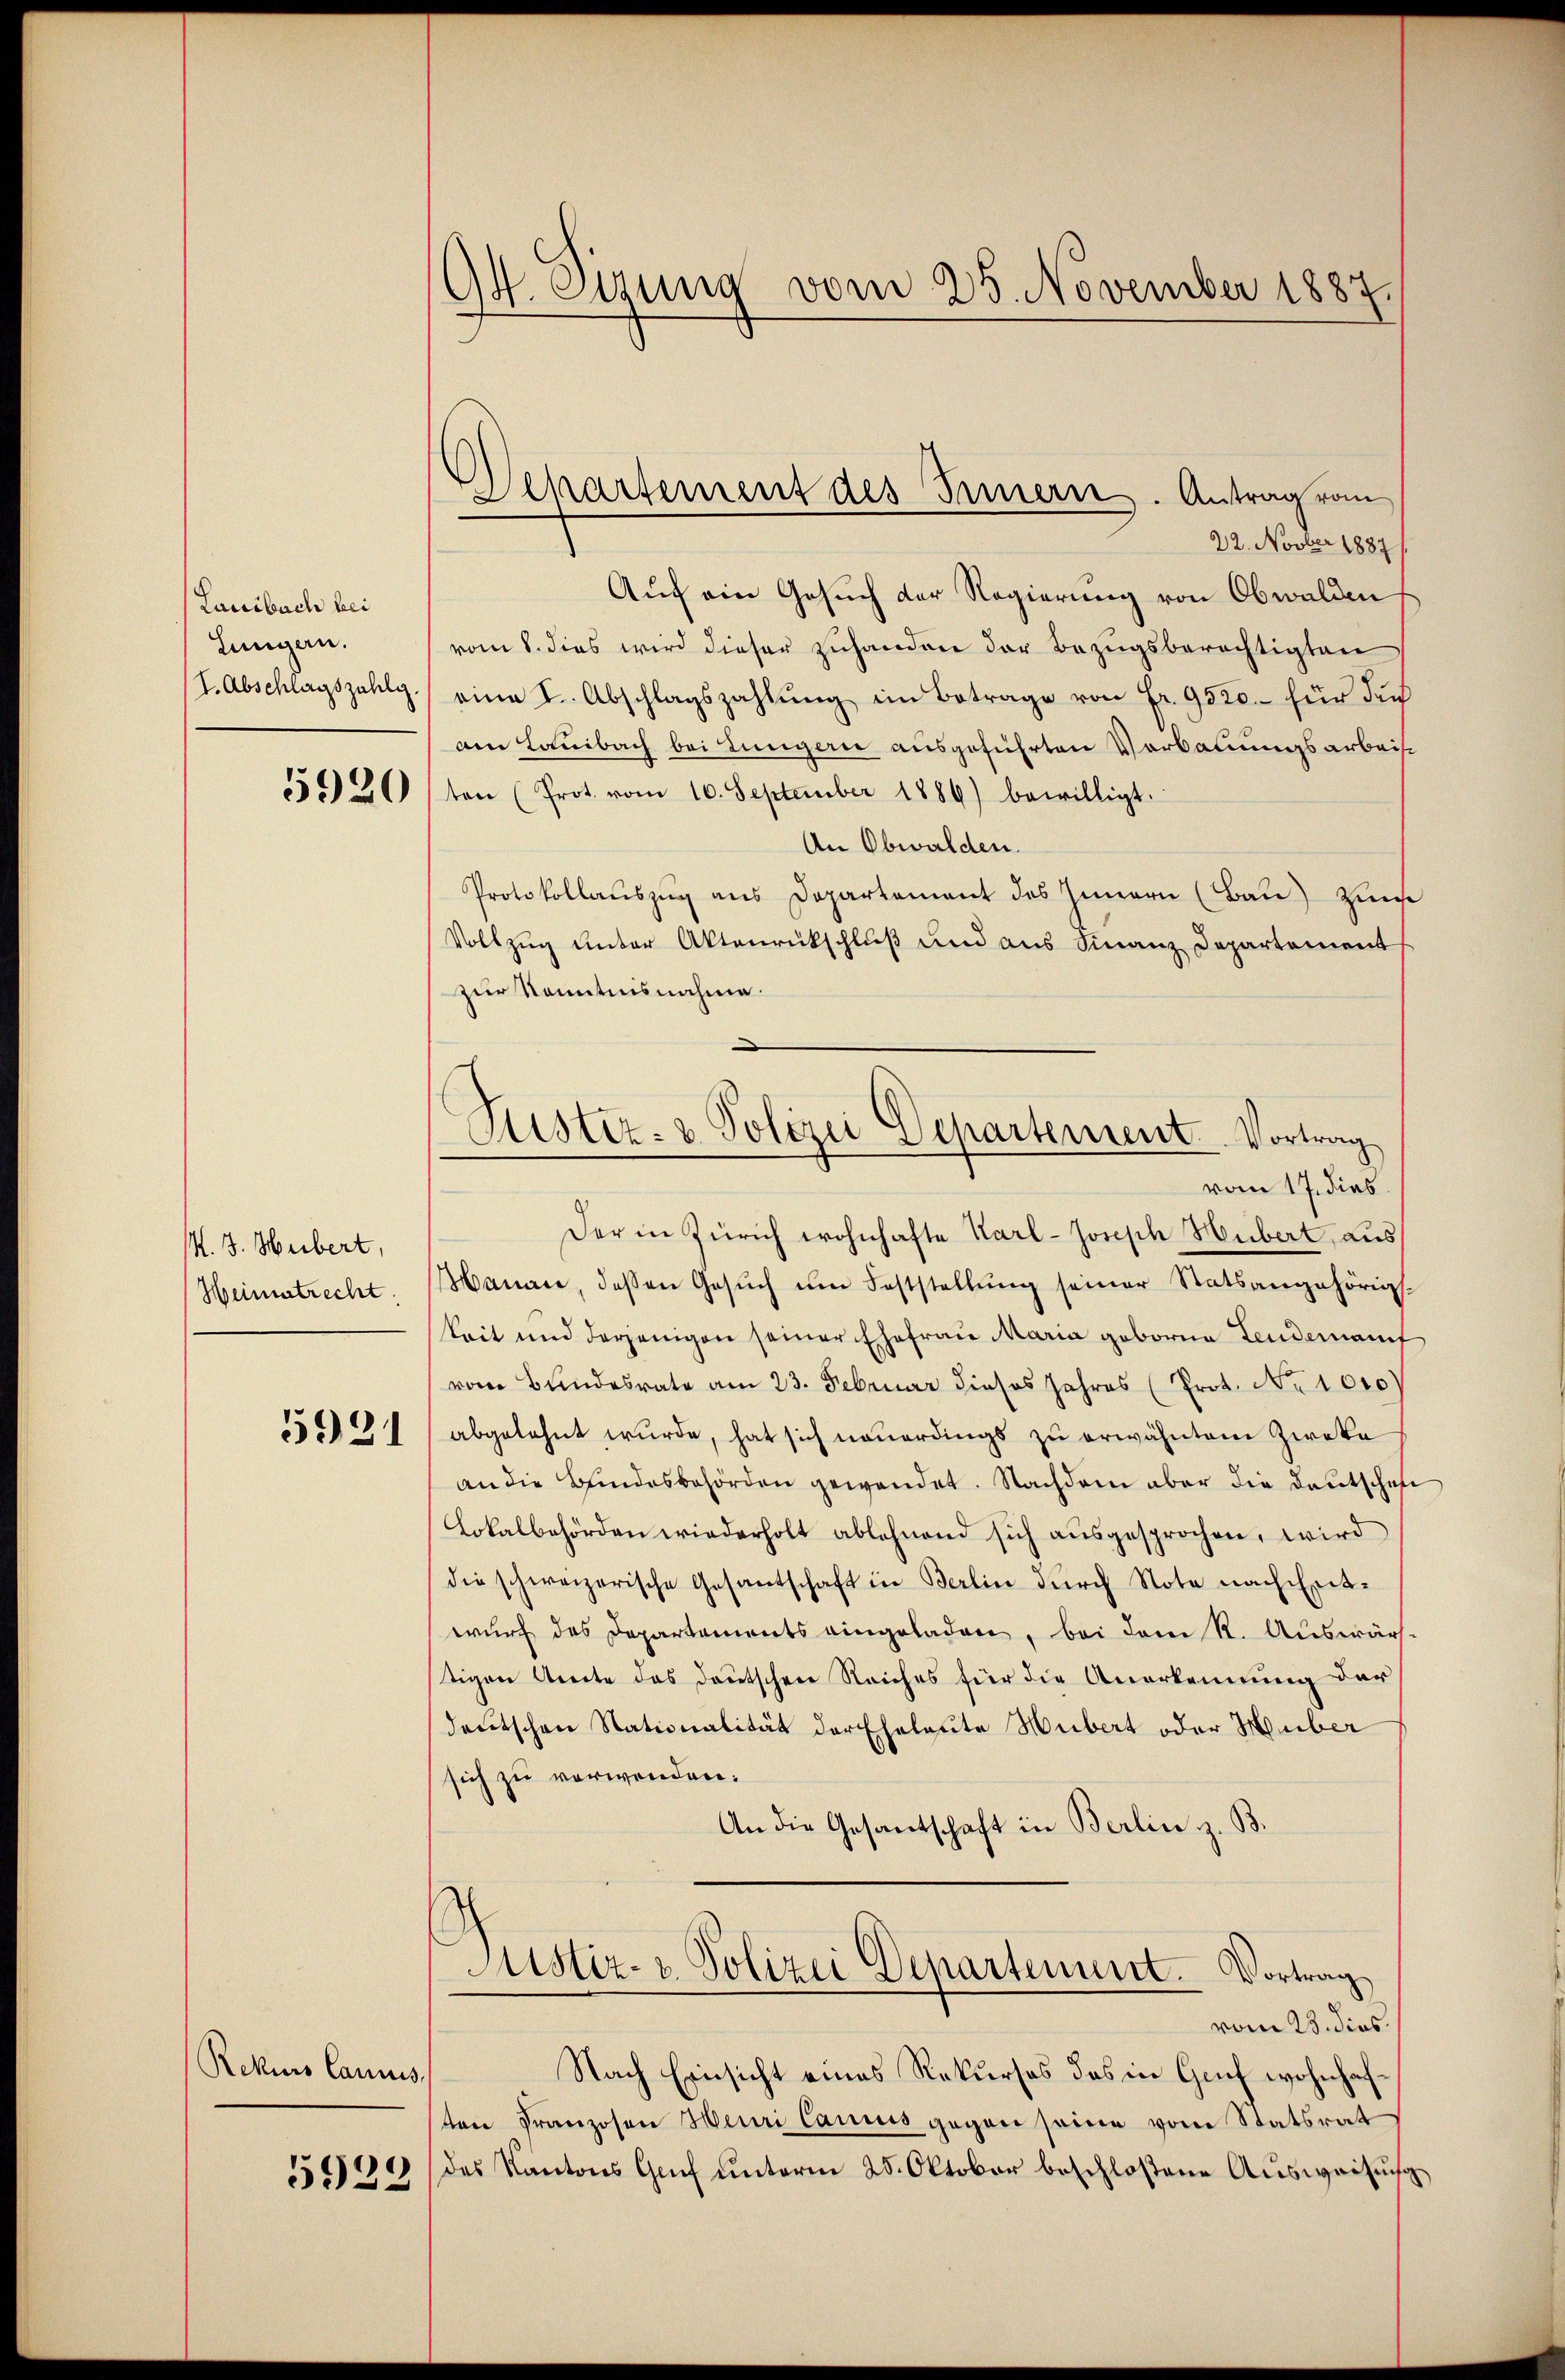
Lauibach bei
Lungern.
I. Abschlagszahl.

5920

M. J. Hubert,
Heimatrecht.

5931

Rekurs Cannis,

5929

94. Eizung vom 25. November 1887.

epartement des Innern. Antrag vom

22. Novber 1887
Auf ein Gesuch der Regierung von Obwalden
vom 8. dies wird dieser zuhanden der Bezugsberechtigten
eine I. Abschlagszahlŭng im Betrage von Fr. 9520.- für dies
Aen Laibach bei Lungern ausgeführten Vorbauungsarbeis
ten (Prot. vom 10. September 1886) bewilligt.
An Obwalden.
Protokollauszug aus Departement des Innern (Bate) Zinse
Vollzug unter Aktenrückschluß und aus Finanz Departement
zur Kenntnisnahme.
Der in Zürich wohnhafte Karl-Joseph Hubert, aus
Manare, dessen Gesŭch ŭm Feststellŭng seiner Statsangehörig-
keit und derjenigen seiner Ehefrau Maria geborne Leidemanif
vom Bundesrate am 23. Februar dieses Jahres (Prot. No 1010)
abgelehnt wurde, hat sich neuerdings zu erwähntem Zweke
an die Bundesbehörden gewendet. Nachdem aber die Deutschaft
Lokalbehörden wiederholt ablehnend sich aŭsgesprochen, wird
die schweizerische Gesantschaft in Berlin durch Note nach Ent-
wurf das Departements eingeladen, bei dem R. Auswär
tigen Amte des deutschen Reiches für die Anerkennung der
deutschen Nationalität der Eheleute Hubert oder Hember
sich zu verwenden.
An die Gesantschaft in Berlin z. B.
Justiz- u. Polizei Departenunt. Vortrag
vom 23. dies
Nach Einsicht eines Rekurses des in Genf wohnhafsten Franzosen Heuri Canius gegen seine vom Statsrat
des Kantons Genf unterm 25. Oktober beschloßene Ausweisung

Lister- & Polizei Departement. Vortrag
vom 17. dies